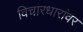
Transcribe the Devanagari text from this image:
विचारधारांवर